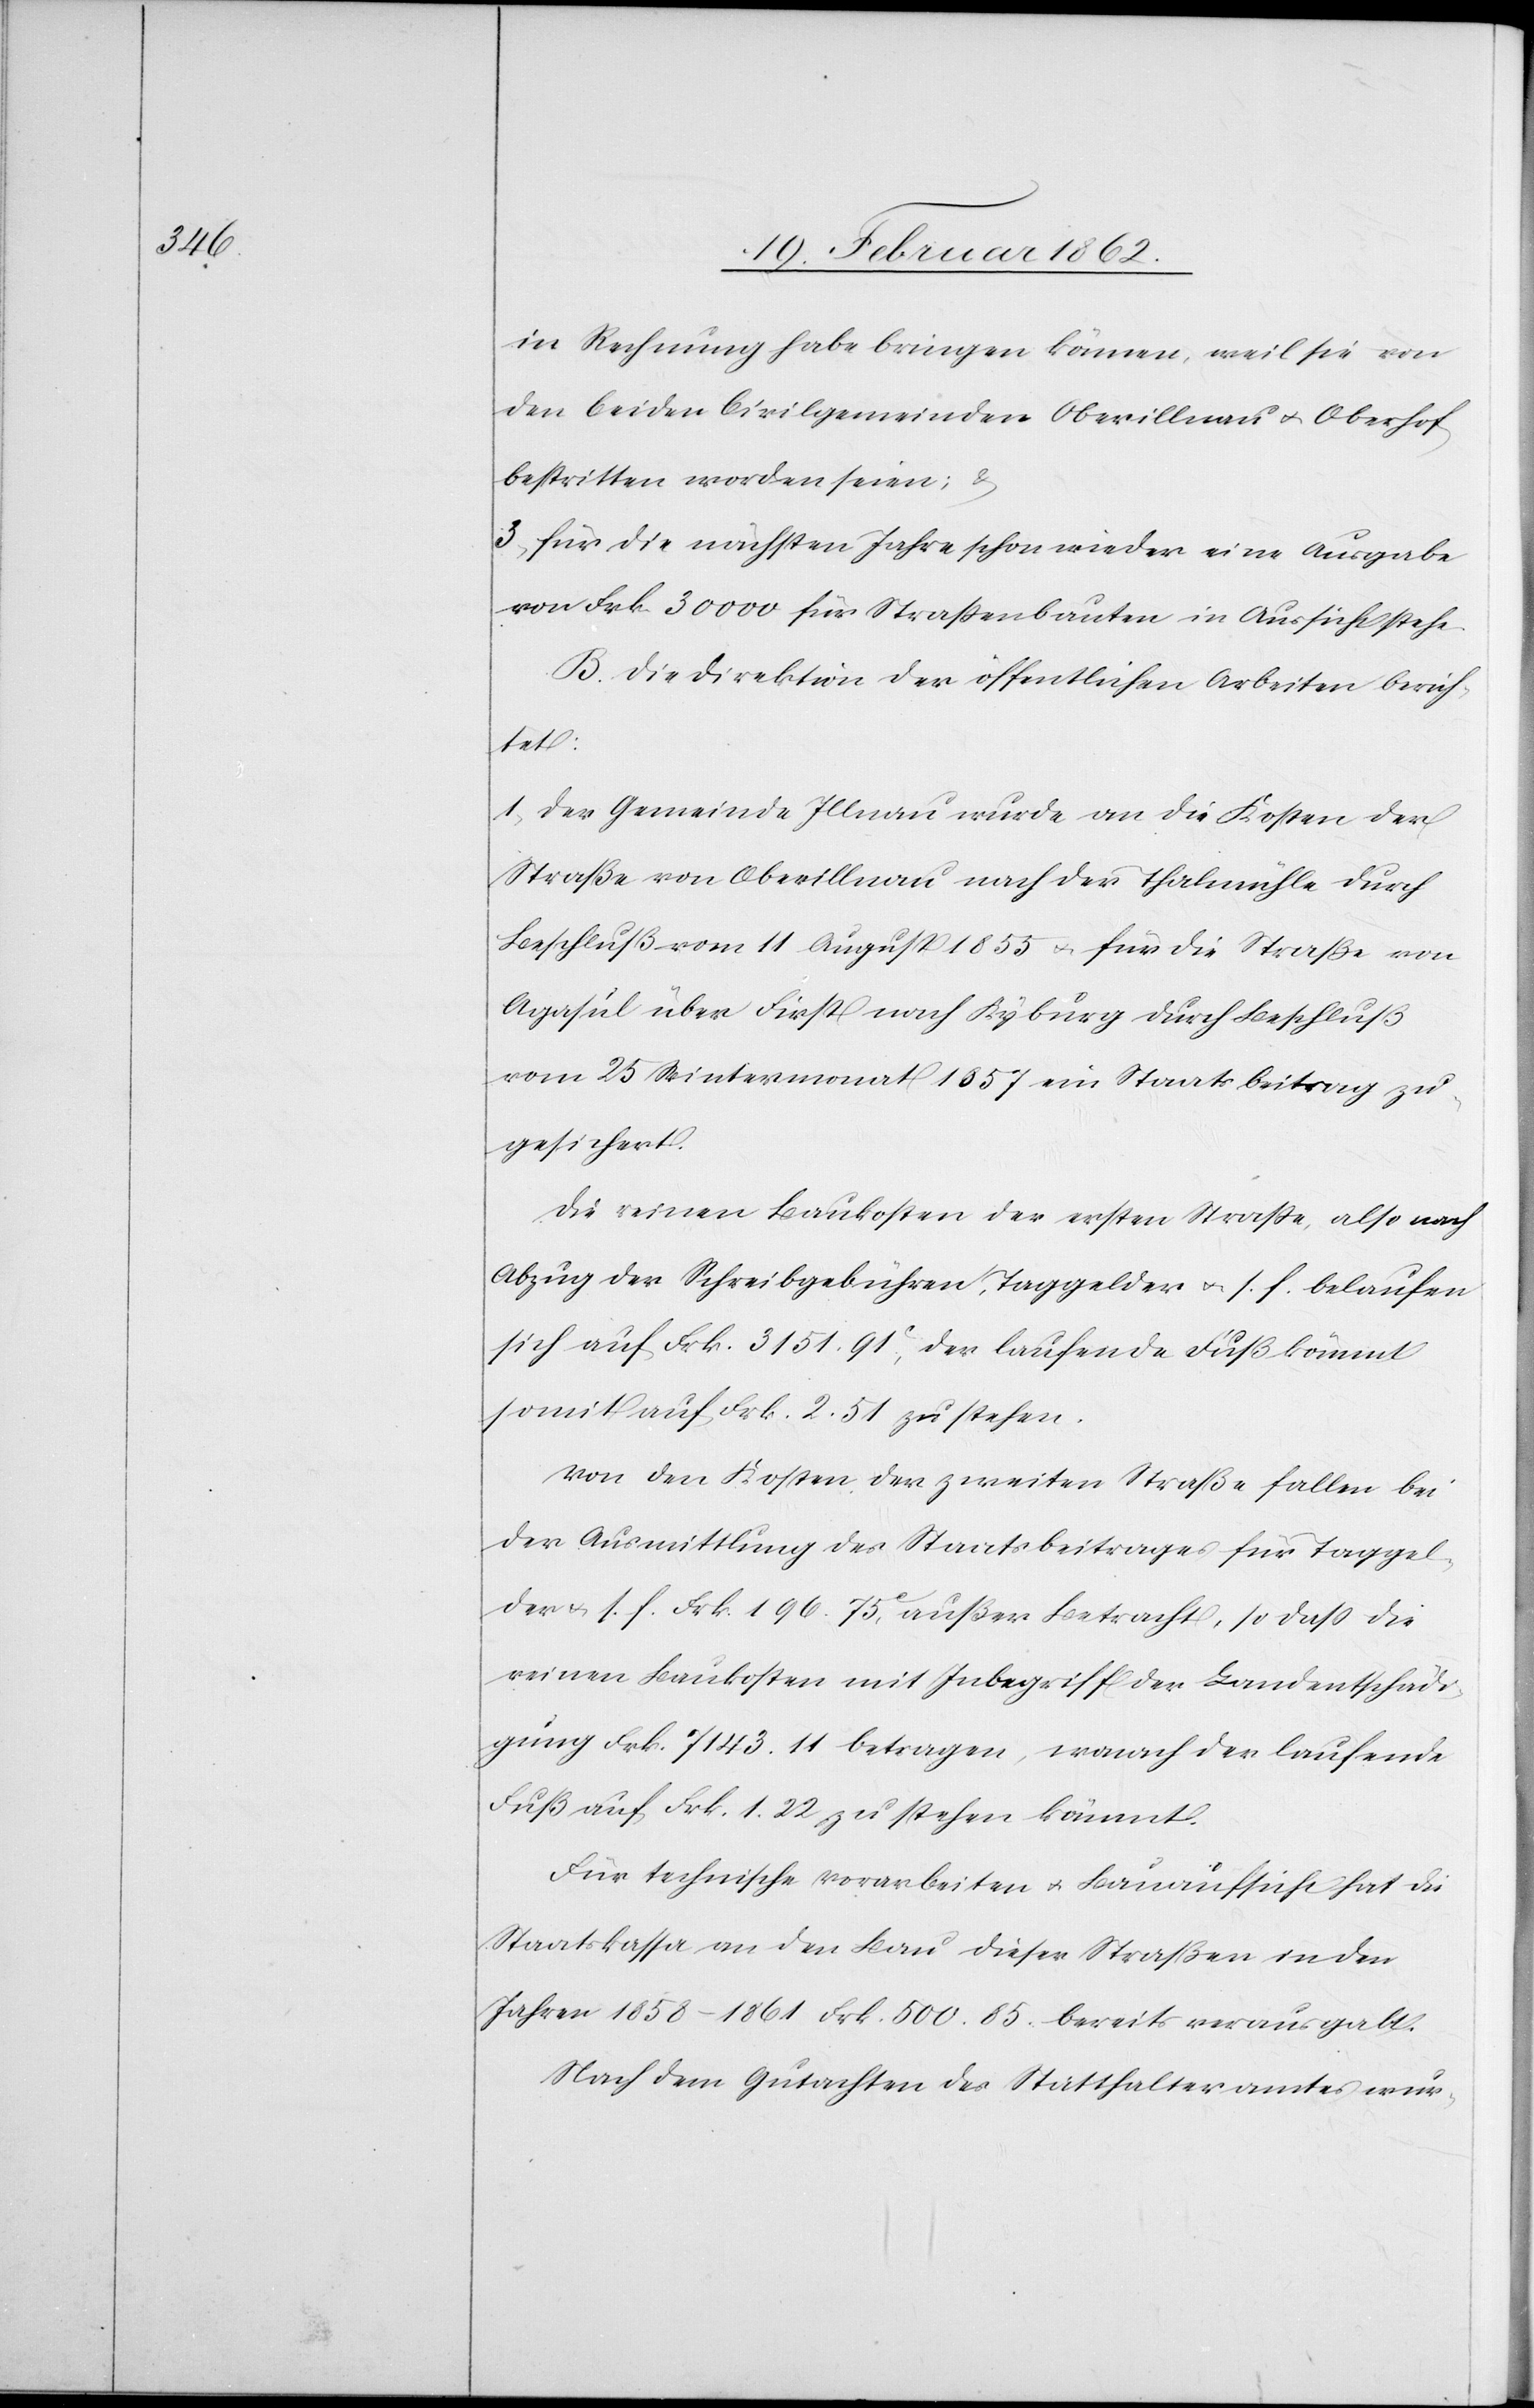
in Rechnung habe bringen können, weil sie von
den beiden Civilgemeinden Oberillnau u. Oberhof
bestritten worden seien; &
3) für die nächsten Jahre schon wieder eine Ausgabe
von Frk. 30 000 für Straßenbauten in Aussicht stehe.
B. Die Direktion der öffentlichen Arbeiten berich¬
tet
1) Der Gemeinde Illnau wurde an die Kosten der
Straße von Oberillnau nach der Thalmühle durch
Beschluß vom 11 August 1855 u. für die Straße von
Agasul über First nach Kyburg durch Beschluß
vom 25 Wintermonat 1857 ein Staatsbeitrag zu¬
gesichert.
Die reinen Baukosten der ersten Straße, also nach
Abzug der Schreibgebühren, Taggelder u. s. f. belaufen
sich auf Frk. 3151.91c., der laufende Fuß kömmt
somit auf Frk. 2.51 zu stehen.
Von den Kosten der zweiten Straße fallen bei
der Ausmittlung des Staatsbeitrages für Taggel¬
der u. s. f. Frk. 196.75c. außer Betracht, so daß die
reinen Baukosten mit Inbegriff der Landentschäd¬
igung Frk. 7143.11 betragen, wonach der laufende
Fuß auf Frk. 1.22 zu stehen kömmt.
Für technische Vorarbeiten u. Bauaufsicht hat die
Staatskassa an den Bau dieser Straßen in den
Jahren 1858–1861 Frk. 500.85. bereits verausgabt.
Nach dem Gutachten des Statthalteramtes wur-